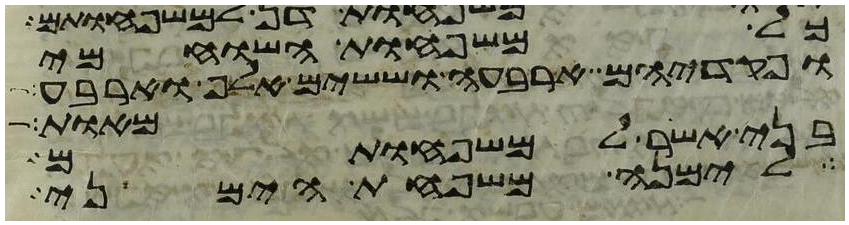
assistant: כל משפחות השוחמי
ופקדיהם ארבעה וששים אלף וארבע
מאות
בני אשר למשפחותם
לימנה משפחת הימני